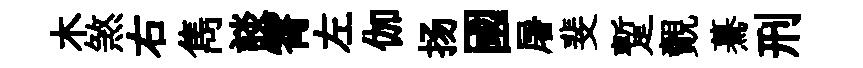
木煞右雋談霄左伽扬國屠斐蹔覿驀刑